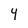
Character: Y